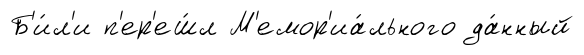
Б'и́л'и п'ер'еш́л М'емор'иа́льного да́нный